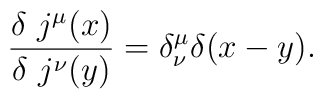
\frac{\delta \ j^\mu(x)}{\delta \ j^\nu(y)} = \delta^\mu_\nu\delta(x- y).